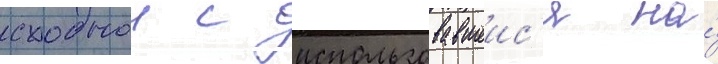
сходнои с использовавшеис'я на́